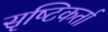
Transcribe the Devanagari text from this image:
सृष्‍टिकर्ता